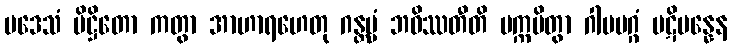
ပဒေသံ ပိဋ္ဌိတော ကတွာ အာဟာရဟေတု ဂန္တဗ္ဗံ ဘဝိဿတီတိ ပက္ကမိတွာ ဂါမမဂ္ဂံ ပဋိပန္နေန